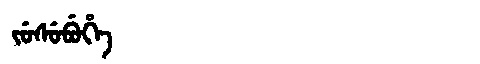
Manchu: ᠵᡠᠰᡠᠪᡠᡥᡝ
Romanization: JUSUBUHE